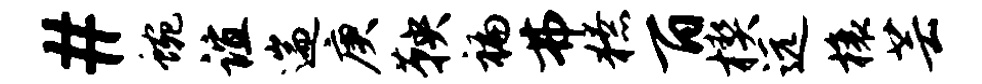
#蜿谊遄庚鞅褊弗獠百楔远榱芸